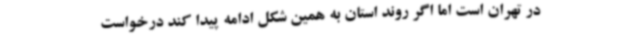
در تهران است اما اگر روند استان به همین شکل ادامه پیدا کند درخواست